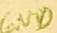
Text: GND